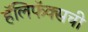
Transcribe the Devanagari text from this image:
हॅलिफॅक्सची